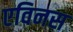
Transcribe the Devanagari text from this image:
एविनस